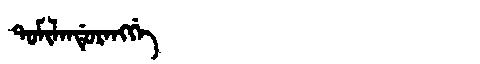
Manchu: ᡨᠣᠮᡳᠯᠠᠨᡩᡠᡵᠠᠩᡤᡝ
Romanization: TOMILANDURANGGE